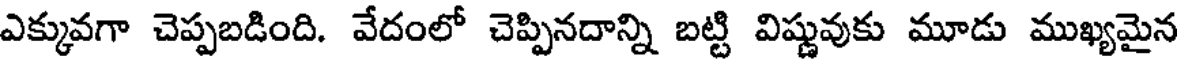
ఎక్కువగా చెప్పబడింది. వేదంలో చెప్పినదాన్ని బట్టి విష్ణువుకు మూడు ముఖ్యమైన